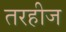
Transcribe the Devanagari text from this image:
तरहीज